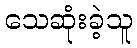
သေဆုံးခဲ့သူ